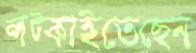
লট্‌কাইতেছেন